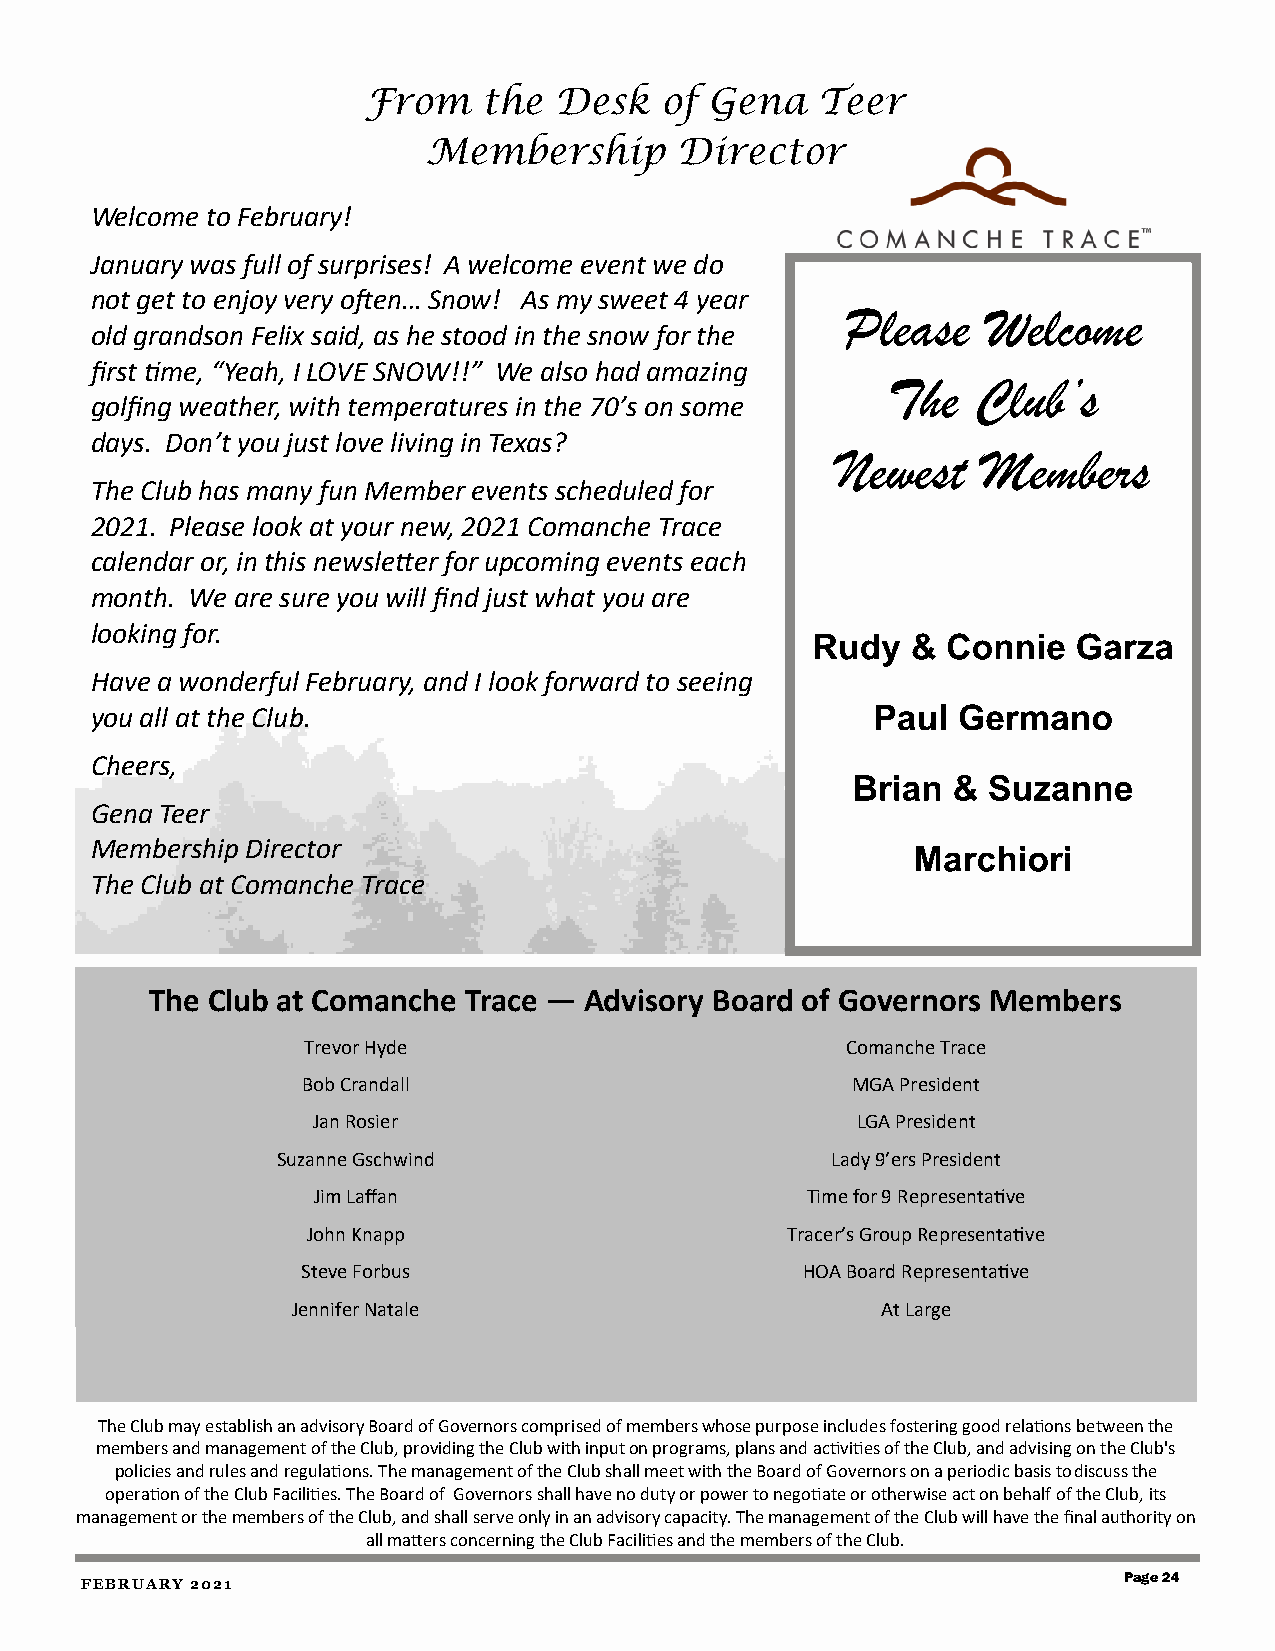
From    the  Desk   of Gena   Teer
 Membership       Director
 Welcome to February!
 January was full of surprises! A welcome event we do
 not get to enjoy very often… Snow! As my sweet 4 year
 Please   Welcome
 old grandson Felix said, as he stood in the snow for the
 first time, “Yeah, I LOVE SNOW!!” We also had amazing
 The   Club’s
 golfing weather, with temperatures in the 70’s on some
 days. Don’t you just love living in Texas?
 Newest    Members
 The Club has many fun Member events scheduled for
 2021. Please look at your new, 2021 Comanche Trace
 calendar or, in this newsletter for upcoming events each
 month. We are sure you will find just what you are
 looking for.                                    Rudy  &  Connie  Garza
 Have a wonderful February, and I look forward to seeing
 Paul Germano
 you all at the Club.
 Cheers,
 Brian  & Suzanne
 Gena Teer
 Membership Director                                   Marchiori
 The Club at Comanche Trace
 The Club at Comanche Trace — Advisory Board of Governors Members
 Trevor Hyde                         Comanche Trace
 Bob Crandall                        MGA President
 Jan Rosier                          LGA President
 Suzanne Gschwind                     Lady 9’ers President
 Jim Laffan                      Time for 9 Representative
 John Knapp                      Tracer’s Group Representative
 Steve Forbus                     HOA Board Representative
 Jennifer Natale                        At Large
 The Club may establish an advisory Board of Governors comprised of members whose purpose includes fostering good relations between the
 members and management of the Club, providing the Club with input on programs, plans and activities of the Club, and advising on the Club's
 policies and rules and regulations. The management of the Club shall meet with the Board of Governors on a periodic basis to discuss the
 operation of the Club Facilities. The Board of Governors shall have no duty or power to negotiate or otherwise act on behalf of the Club, its
 management or the members of the Club, and shall serve only in an advisory capacity. The management of the Club will have the final authority on
 all matters concerning the Club Facilities and the members of the Club.
 Page 24
 FEBRUARY 2021